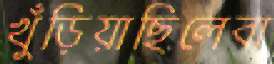
খুঁড়িয়াছিলেবা